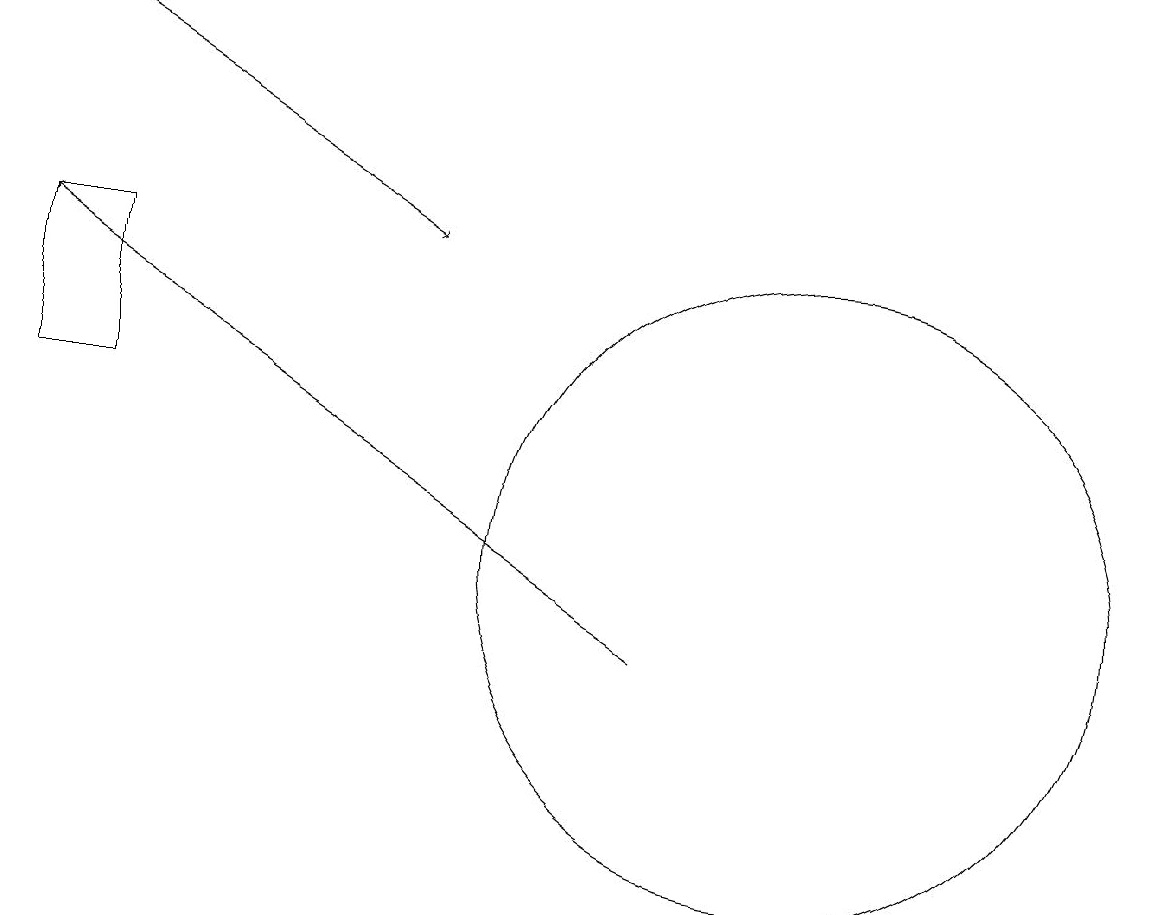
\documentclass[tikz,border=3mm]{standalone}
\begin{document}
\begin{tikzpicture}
\draw[->] (8,11) -- (0,16);
\draw (0,16) rectangle (1,14);
\draw (10,12) circle (4);
\draw[->] (0,19) -- (5,16);
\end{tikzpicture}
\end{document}